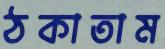
ঠকাতাম